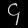
Digit: ၄